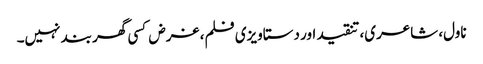
ناول، شاعری، تنقید اور دستاویزی فلم، غرض کسی گھر بند نہیں۔